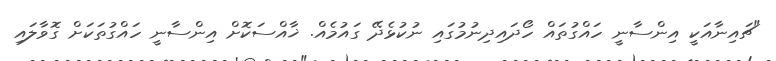
"ޗައިނާއަކީ އިންސާނީ ހައްގުތައް ހޯދައިދިނުމުގައި ނުކުޅެދޭ ގައުމެއް. ޚާއްސަކޮށް އިންސާނީ ހައްގުތަކަށް ގޮވާލައި